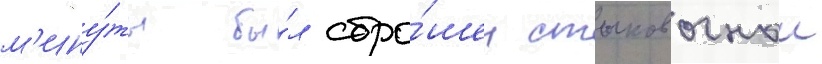
м'ину́ты бы́л сбро́шен стыковочныи